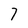
Character: 7